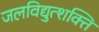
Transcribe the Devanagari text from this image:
जलविद्युत्शक्ति